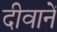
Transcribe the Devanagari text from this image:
दीवानें